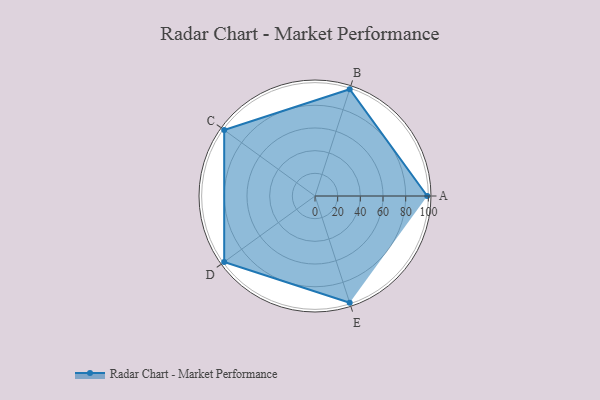
{"axis": {"x": "Skill", "y": "Score"}, "legend": ["Profile"], "data": [{"x": "A", "y": 99, "type": "Profile"}, {"x": "B", "y": 99, "type": "Profile"}, {"x": "C", "y": 99, "type": "Profile"}, {"x": "D", "y": 99, "type": "Profile"}, {"x": "E", "y": 99, "type": "Profile"}]}